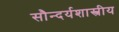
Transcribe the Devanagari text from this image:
सौन्दर्यशास्त्रीय